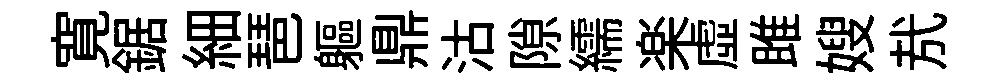
寛鋸細琶軀鼎沽隙繻楽虛雎嫂㢤